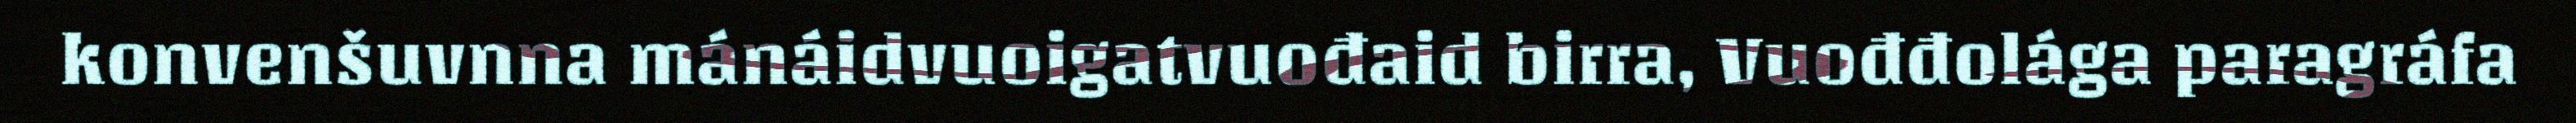
konvenšuvnna mánáidvuoigatvuođaid birra, Vuođđolága paragráfa